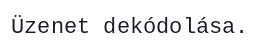
Üzenet dekódolása.